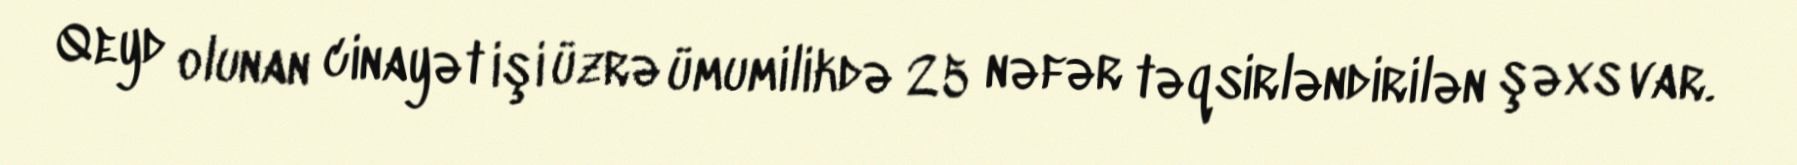
Qeyd olunan cinayət işi üzrə ümumilikdə 25 nəfər təqsirləndirilən şəxs var.